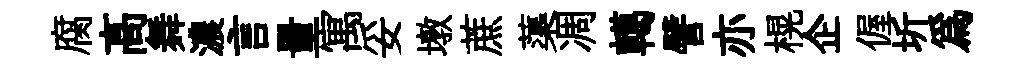
腐髙舞濃言量寓妥墩蔗蕖凋轕譬亦榥企偓圻為